Problem: 5 × 2 = ?
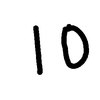
Handwritten answer: 10